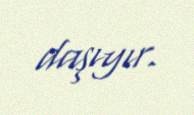
daşıyır.